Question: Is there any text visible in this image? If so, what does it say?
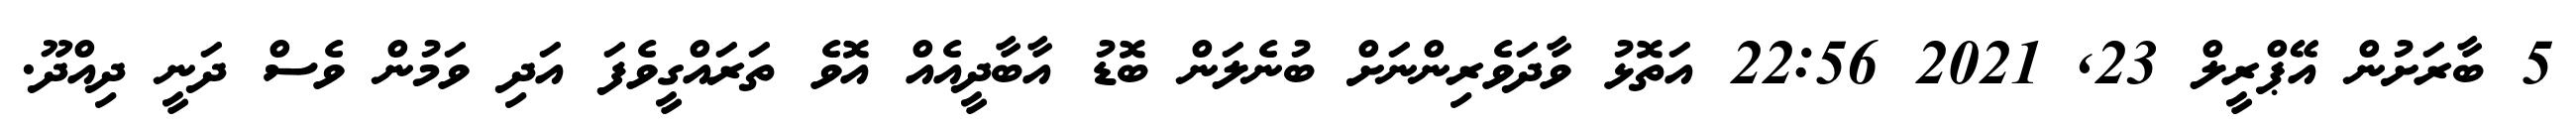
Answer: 5 ބާރަށުން އޭޕްރީލް 23, 2021 22:56 އަތޮޅު ވާދަވެރިންނަށް ބުނެލަން ބޮޑު އާބާދީއެއް އޮވެ ތަރައްގީވެފަ އަދި ވަމުން ވެސް ދަނީ ދިއްދޫ.